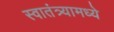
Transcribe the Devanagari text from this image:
स्वातंत्र्यामध्ये